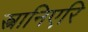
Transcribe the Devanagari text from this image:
स्त्रानिएरि